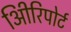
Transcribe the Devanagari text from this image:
अिीरिपोर्ट